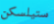
ستيلسكن